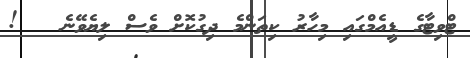
ޓްވިޓާގެ ޑީއެމްގައި މިހާރު ކިތަންމެ ދިގުކޮށް ވެސް ލިޔެވޭނެ   !